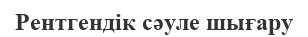
Рентгендік сәуле шығару